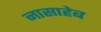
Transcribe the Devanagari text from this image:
नासाहेब